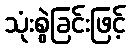
သုံးစွဲခြင်းဖြင့်